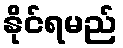
နိုင်ရမည်